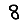
Digit: 8